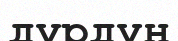
дүрдүн